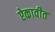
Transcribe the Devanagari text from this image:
ऐकावीत